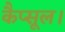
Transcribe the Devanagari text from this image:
कैप्सूल।